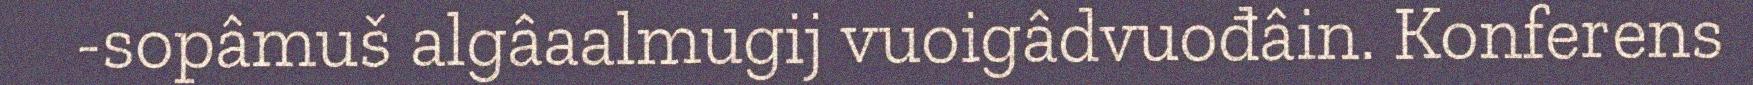
-sopâmuš algâaalmugij vuoigâdvuođâin. Konferens